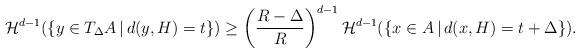
LaTeX: \begin{align*}\mathcal{H}^{d-1} (\{y\in T_\Delta A\,|\, d(y,H)=t\})\ge \left(\frac{R-\Delta}{R}\right)^{d-1}\mathcal{H}^{d-1}(\{x\in A\,|\, d(x,H)=t+\Delta\}).\end{align*}